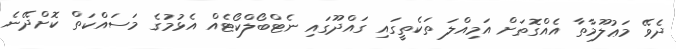
ދެވޭ މަޢުލޫމާތާ އެއްގޮތަށް އަމިއްލަ ތަކެތީގައި ގައްދޫގައި ނެޓްބޯލްކޯޓެއް އެޅުމުގެ މަސައްކަތް ކޮށްދޭނެ